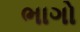
ભાગો